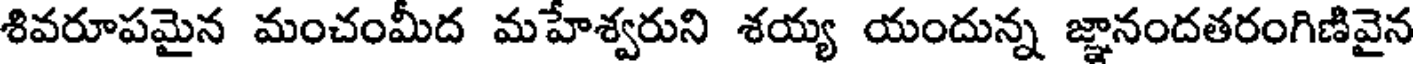
శివరూపమైన మంచంమీద మహేశ్వరుని శయ్య యందున్న జ్ఞానందతరంగిణివైన